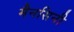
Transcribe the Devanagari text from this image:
मैनसिनी